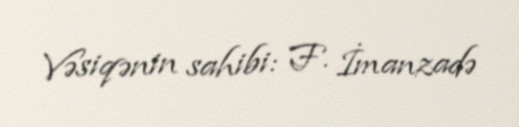
Vəsiqənin sahibi: F. İmanzadə